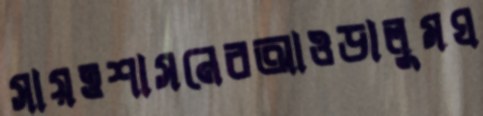
সায়ত্তশাসনেরআওড়ালুমঘ